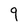
Character: 9